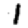
Digit: 1